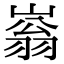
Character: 嵡